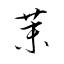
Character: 茉